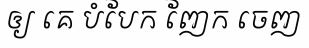
ឲ្យ គេ បំបែក ញែក ចេញ